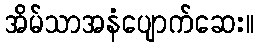
အိမ်သာအနံပျောက်ဆေး။